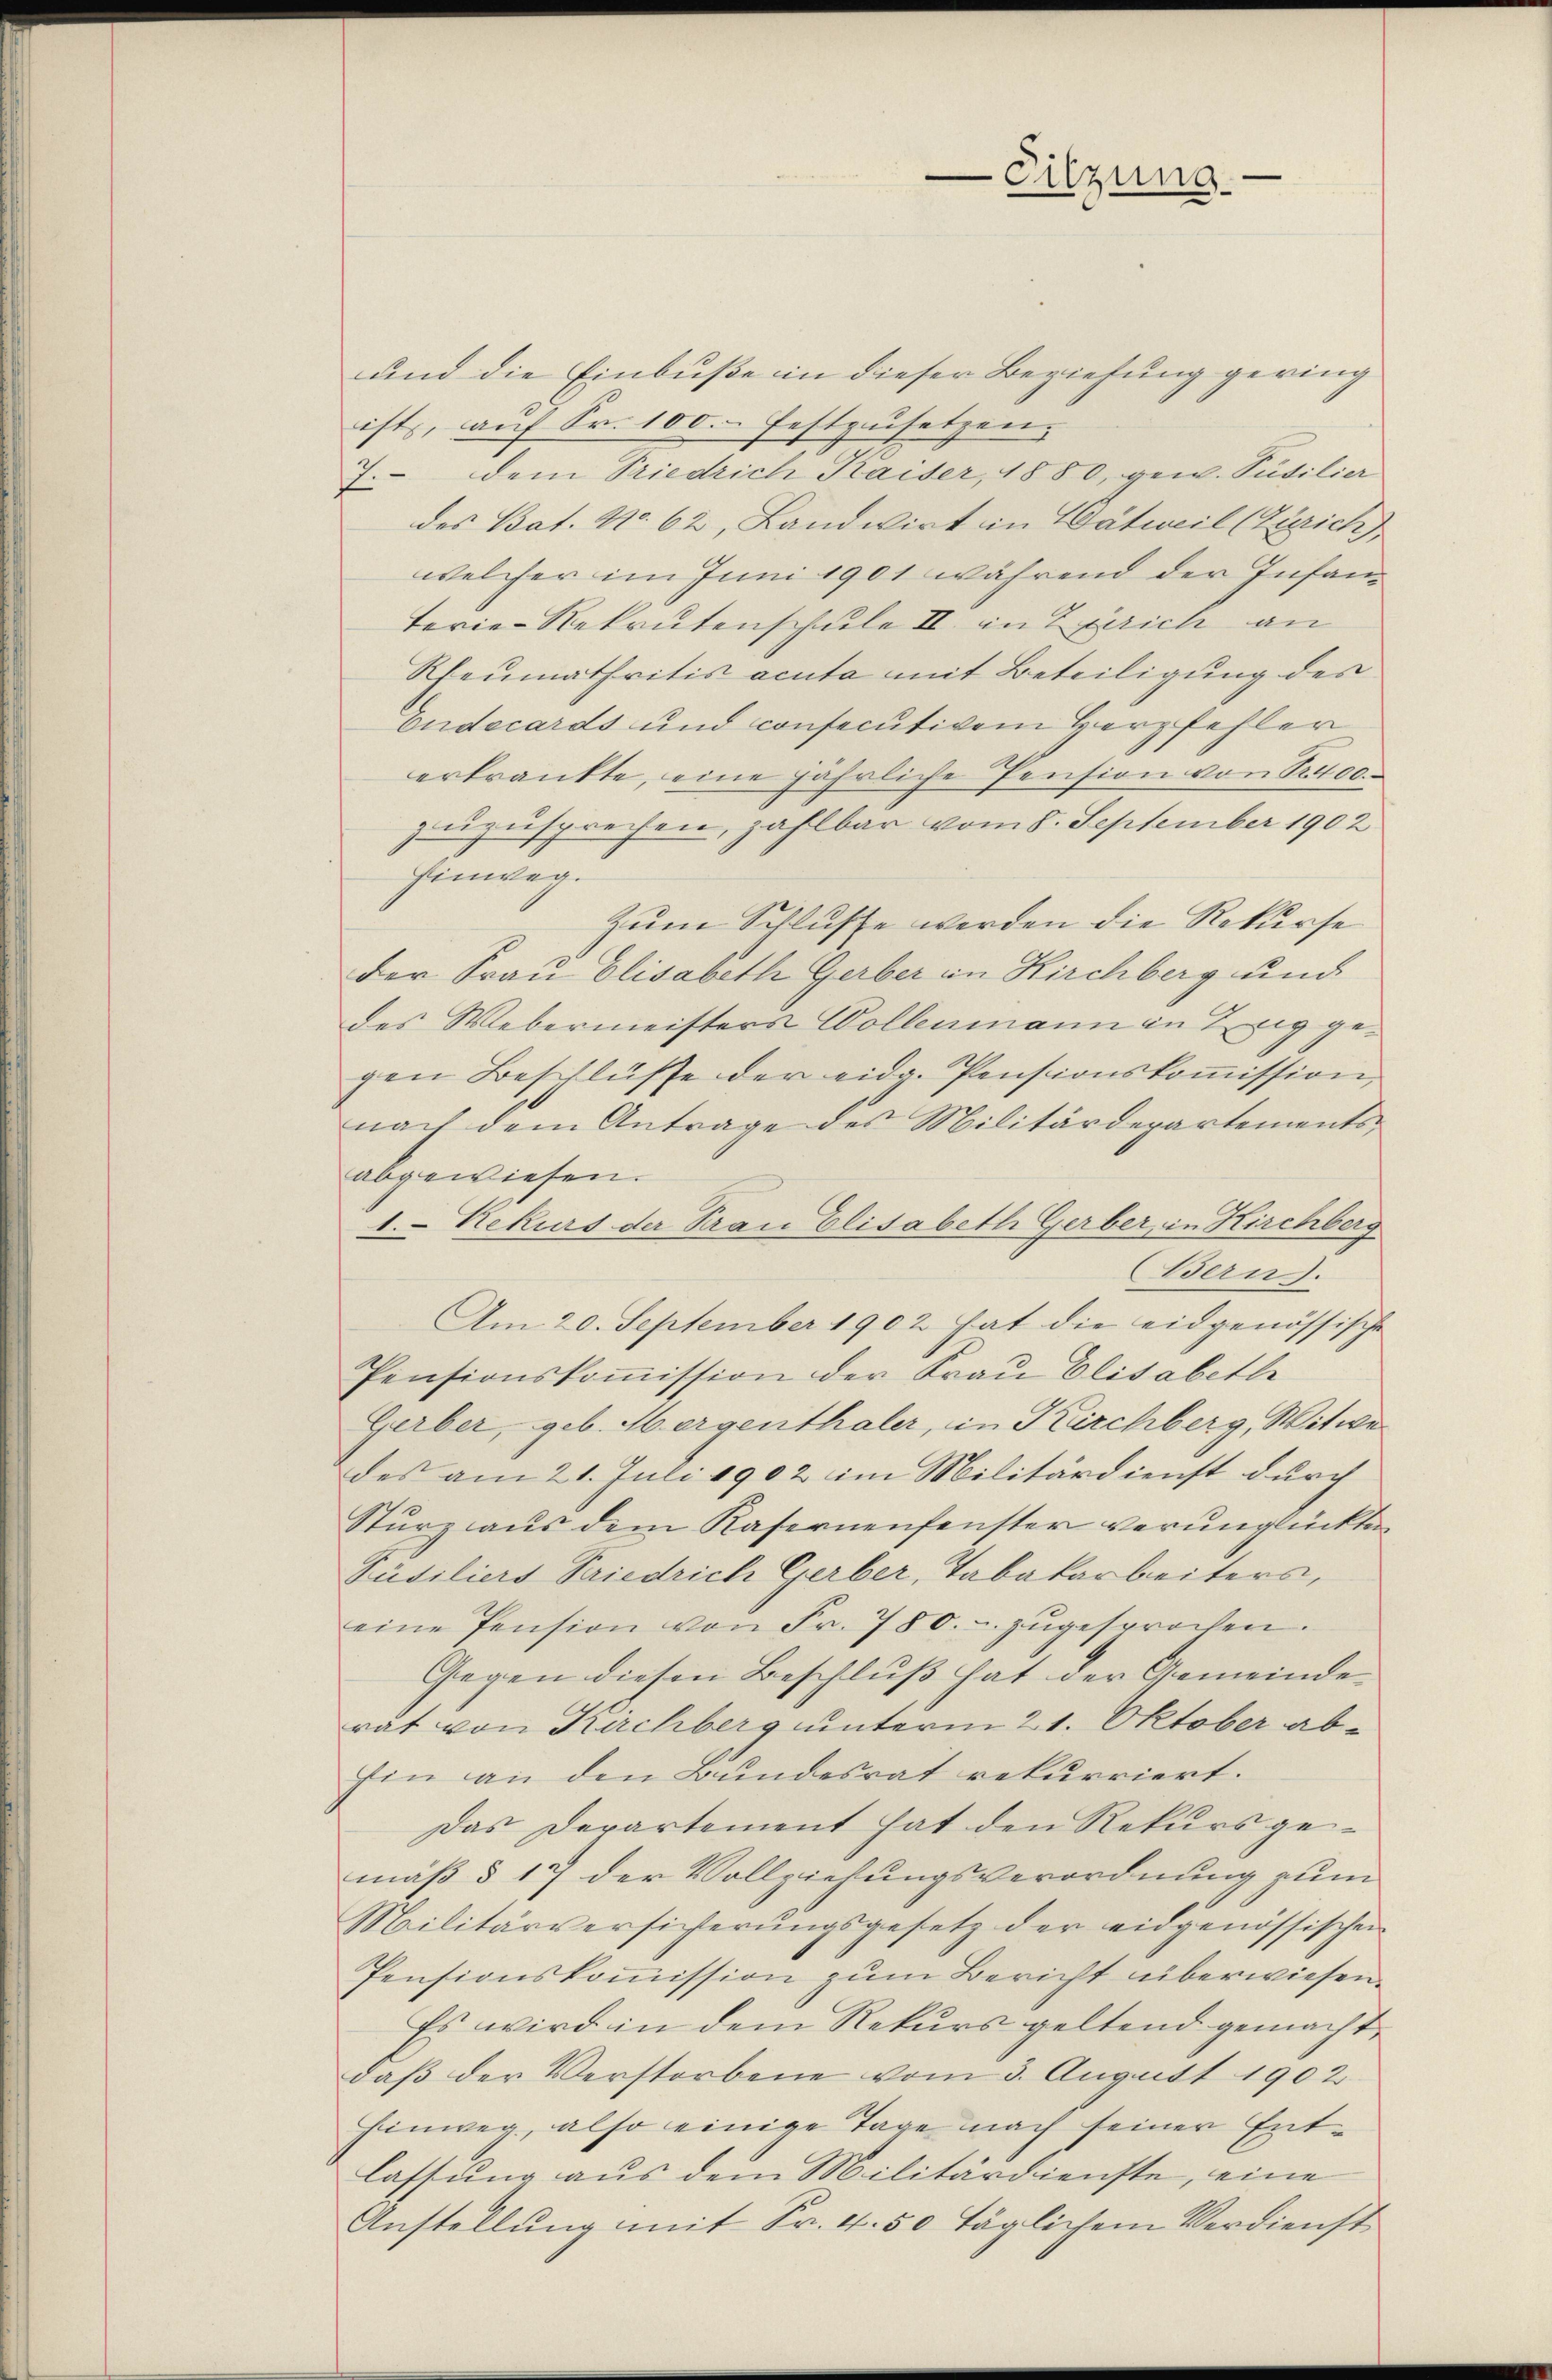
und die Einbuße in dieser Beziehung gering
ists, auf Fr. 100. Festzusetzen.
7. dem Triedrich Kaiser, 1880, gew. Süsilier
des Bat. No. 62, Landwirt in Watweil (Zürich)
welcher im Juni 1901 während der Infanterie-Rekrutenschule II. in Zürich an
Rheumathritis acuta mit Beteiligung des
Endecards und consecutivem Herzfehler
erkrankte, eine jährliche Pension von Nr. 400
zuzusprechen, zahlbar vom 8. September 1902
Einweg.
Zum Schlusse werden die Rekurse
der Frau Elisabeth Gerber in Kirchberg und
des Webermeisters Vollenmann in Ewig gegen Beschlüsse der eidg. Pensionskoṁission,
nach dem Antrage des Militärdepartementsabgewiesen.
1. Rekurs der Frau Elisabeth Gerber, in Kirchberg
Bern.
Am 20. September 1902 hat die eidgenössische
Pensionskoṁission der Frau Elisabethe
Gerber, geb. Morgenthaler, in Kirchberg, Witwe
des am 21. Juli 1902 im Militärdienst durch
Sturz aus dem Kasernenfenster verunglückten
Püsiliers Friedrich Gerber, Tabakarbeiters,
eine Pension von Fr. 780. u zŭgesprochen.
Gegen diesen Beschluß hat der Gemeinde
rat von Kirchberg unterm 21. Oktober ab¬
Ein an den Bundesrat rekurriert.
Das Departement hat den Rekurs ge-
mäß § 17 der Vollziehungsverordnung zum
Militärversicherŭngsgesetz der eidgenössischen
Pensionskommission zum Bericht überwiesen.
Es wird in dem Rekurs geltend gemacht
daβ der Verstorbene vom 3. August 1902
Einweg, also einige Tage nach seiner Entlassung aus dem Militärdienste, eine
Anstellung mit Fr. 4.50 täglichem Verdienst

Sitzung.